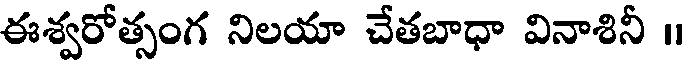
ఈశ్వరోత్సంగ నిలయా చేతబాధా వినాశినీ ॥